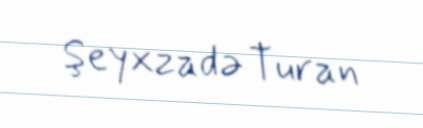
Şeyxzadə Turan